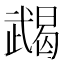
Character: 𢎔